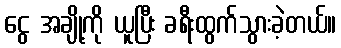
ငွေ အချို့ကို ယူပြီး ခရီးထွက်သွားခဲ့တယ်။